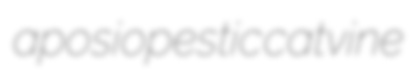
aposiopestic catvine